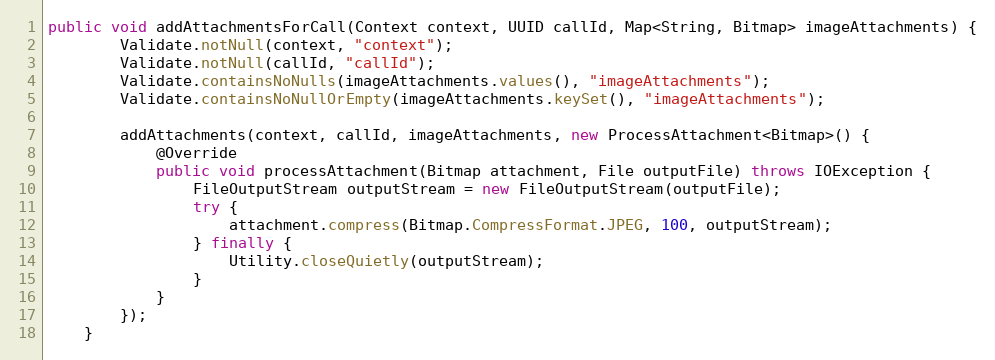
Language: Java
public void addAttachmentsForCall(Context context, UUID callId, Map<String, Bitmap> imageAttachments) {
        Validate.notNull(context, "context");
        Validate.notNull(callId, "callId");
        Validate.containsNoNulls(imageAttachments.values(), "imageAttachments");
        Validate.containsNoNullOrEmpty(imageAttachments.keySet(), "imageAttachments");

        addAttachments(context, callId, imageAttachments, new ProcessAttachment<Bitmap>() {
            @Override
            public void processAttachment(Bitmap attachment, File outputFile) throws IOException {
                FileOutputStream outputStream = new FileOutputStream(outputFile);
                try {
                    attachment.compress(Bitmap.CompressFormat.JPEG, 100, outputStream);
                } finally {
                    Utility.closeQuietly(outputStream);
                }
            }
        });
    }